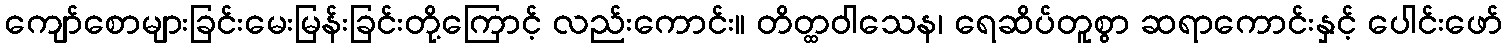
ကျော်စောများခြင်းမေးမြန်းခြင်းတို့ကြောင့် လည်းကောင်း။ တိတ္ထဝါသေန၊ ရေဆိပ်တူစွာ ဆရာကောင်းနှင့် ပေါင်းဖော်